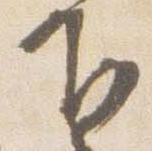
下